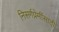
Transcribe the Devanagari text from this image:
निसर्गप्रेमींसाठी